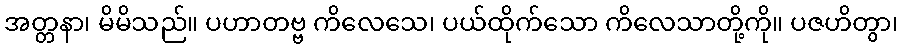
အတ္တနာ၊ မိမိသည်။ ပဟာတဗ္ဗ ကိလေသေ၊ ပယ်ထိုက်သော ကိလေသာတို့ကို။ ပဇဟိတွာ၊